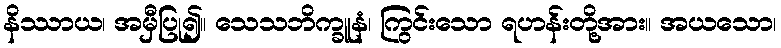
နိဿာယ၊ အမှီပြု၍။ သေသဘိက္ခူနံ၊ ကြွင်းသော ရဟန်းတို့အား။ အယသော၊